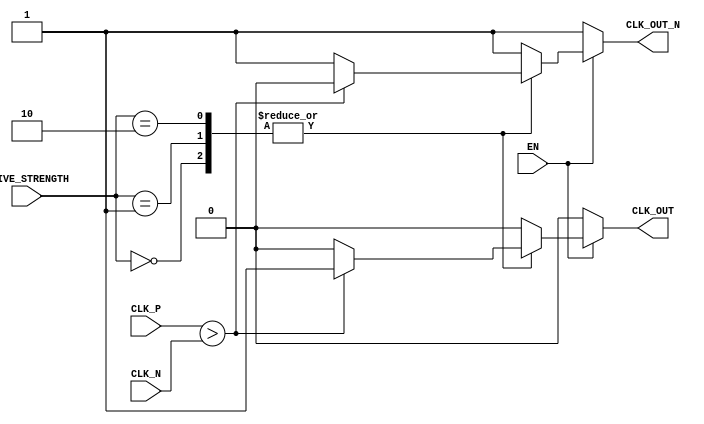
module differential_clock_buffer (
    input wire CLK_P,          // Differential Clock Positive Input
    input wire CLK_N,          // Differential Clock Negative Input
    input wire EN,             // Enable Signal
    input wire [1:0] DRIVE_STRENGTH, // Drive Strength Control
    output reg CLK_OUT,        // Single-ended Clock Output
    output reg CLK_OUT_N       // Complementary Clock Output
);

    // Parameters for drive strength
    parameter DRIVE_LOW = 2'b00;
    parameter DRIVE_MEDIUM = 2'b01;
    parameter DRIVE_HIGH = 2'b10;

    // Internal signals
    reg clk_buf_pos;
    reg clk_buf_neg;

    // Input Stage with Hysteresis (simplified)
    always @(*) begin
        if (CLK_P > CLK_N) begin
            clk_buf_pos = 1'b1; // CLK_P is dominant
            clk_buf_neg = 1'b0;
        end else begin
            clk_buf_pos = 1'b0; // CLK_N is dominant
            clk_buf_neg = 1'b1;
        end
    end

    // Amplification and Output Stage
    always @(*) begin
        if (EN) begin
            case (DRIVE_STRENGTH)
                DRIVE_LOW: begin
                    CLK_OUT = clk_buf_pos; // Low drive strength
                    CLK_OUT_N = clk_buf_neg;
                end
                DRIVE_MEDIUM: begin
                    CLK_OUT = clk_buf_pos; // Medium drive strength
                    CLK_OUT_N = clk_buf_neg;
                end
                DRIVE_HIGH: begin
                    CLK_OUT = clk_buf_pos; // High drive strength
                    CLK_OUT_N = clk_buf_neg;
                end
                default: begin
                    CLK_OUT = 1'b0; // Default state
                    CLK_OUT_N = 1'b1;
                end
            endcase
        end else begin
            CLK_OUT = 1'b0; // Disable output
            CLK_OUT_N = 1'b1;
        end
    end

endmodule